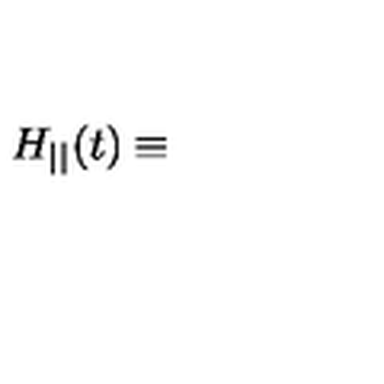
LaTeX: H _ { | | } ( t ) \equiv